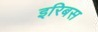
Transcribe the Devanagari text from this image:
इरिबस